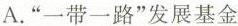
A.”一带一路”发展基金